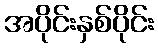
အပိုင်းနှစ်ပိုင်း